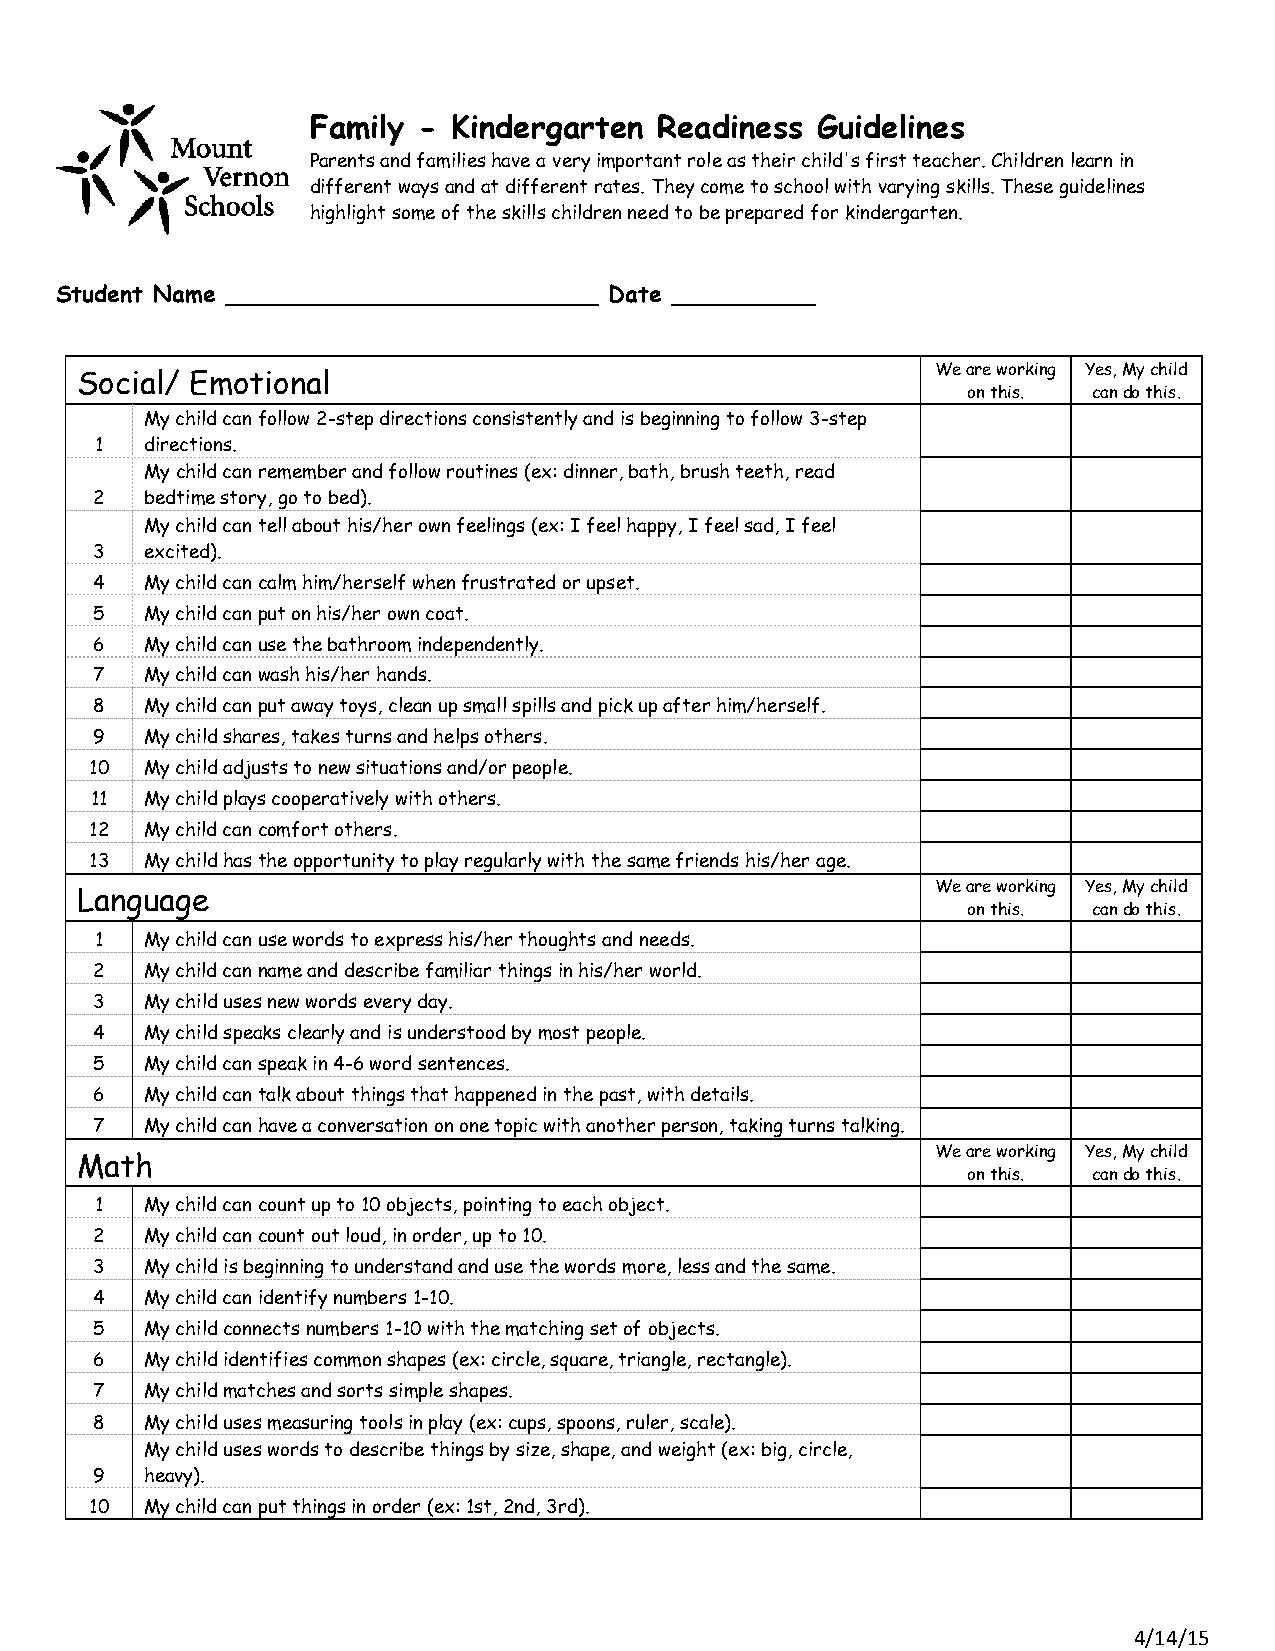
Family  - Kindergarten Readiness  Guidelines
 Parents and families have a very important role as their child's first teacher. Children learn in
 different ways and at different rates. They come to school with varying skills. These guidelines
 highlight some of the skills children need to be prepared for kindergarten.
 Student Name __________________________ Date __________
 We are working Yes, My child
 Social/ Emotional
 on this. can do this.
 My child can follow 2-step directions consistently and is beginning to follow 3-step
 1   directions.
 My child can remember and follow routines (ex: dinner, bath, brush teeth, read
 2   bedtime story, go to bed).
 My child can tell about his/her own feelings (ex: I feel happy, I feel sad, I feel
 3   excited).
 4   My child can calm him/herself when frustrated or upset.
 5   My child can put on his/her own coat.
 6   My child can use the bathroom independently.
 7   My child can wash his/her hands.
 8   My child can put away toys, clean up small spills and pick up after him/herself.
 9   My child shares, takes turns and helps others.
 10  My child adjusts to new situations and/or people.
 11  My child plays cooperatively with others.
 12  My child can comfort others.
 13  My child has the opportunity to play regularly with the same friends his/her age.
 We are working Yes, My child
 Language
 on this. can do this.
 1   My child can use words to express his/her thoughts and needs.
 2   My child can name and describe familiar things in his/her world.
 3   My child uses new words every day.
 4   My child speaks clearly and is understood by most people.
 5   My child can speak in 4-6 word sentences.
 6   My child can talk about things that happened in the past, with details.
 7   My child can have a conversation on one topic with another person, taking turns talking.
 We are working Yes, My child
 Math
 on this. can do this.
 1   My child can count up to 10 objects, pointing to each object.
 2   My child can count out loud, in order, up to 10.
 3   My child is beginning to understand and use the words more, less and the same.
 4   My child can identify numbers 1-10.
 5   My child connects numbers 1-10 with the matching set of objects.
 6   My child identifies common shapes (ex: circle, square, triangle, rectangle).
 7   My child matches and sorts simple shapes.
 8   My child uses measuring tools in play (ex: cups, spoons, ruler, scale).
 My child uses words to describe things by size, shape, and weight (ex: big, circle,
 9   heavy).
 10  My child can put things in order (ex: 1st, 2nd, 3rd).
 4/14/15